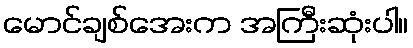
မောင်ချစ်အေးက အကြီးဆုံးပါ။